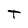
Character: T